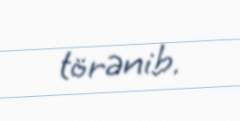
törənib.